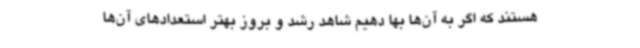
هستند که اگر به آن‌ها بها دهیم شاهد رشد و بروز بهتر استعدادهای آن‌ها